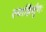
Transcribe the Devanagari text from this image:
स्यान्निर्गुणः